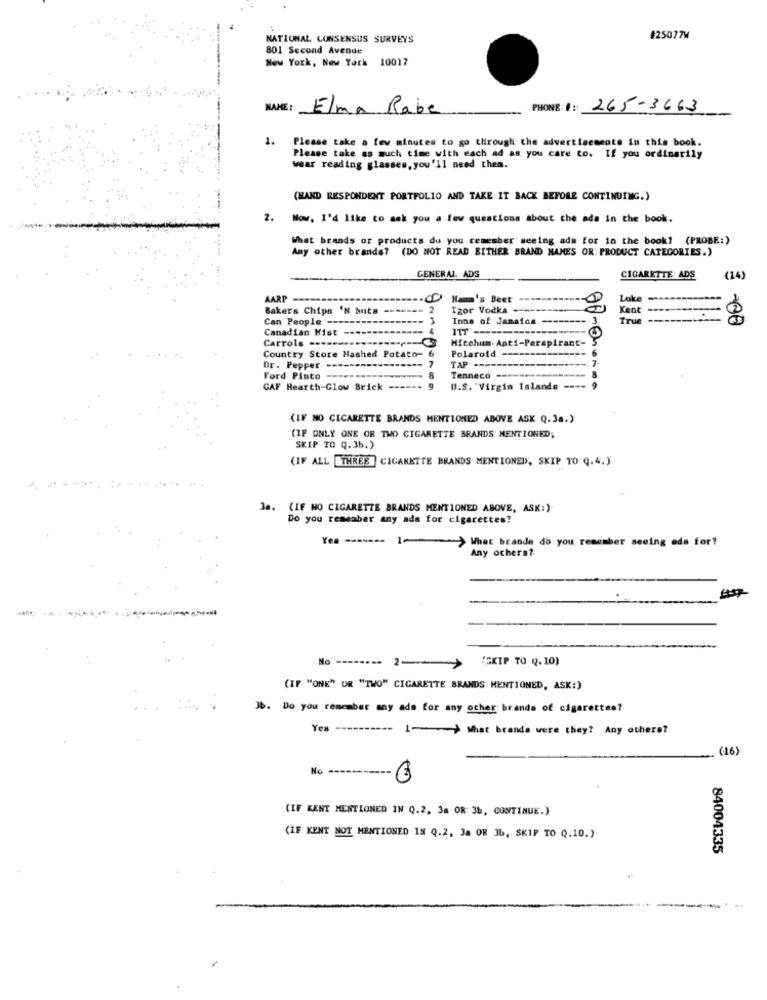
NATIONAL CONSENSUS SURVEYS
#25077W
801 Second Avenue
New York, New York 10017
NAME: Elma Rabe
PHONE: #: 265-3663
1.
Please take a few minutes to go through the advertisements in this book.
Please take as much time with each ad as you care to. If you ordinarily
wear reading glasses, you'll need thea.
(MAND RESPONDENT PORTFOLIO AND TAKE IT BACK BEFORE CONTINUING.)
2.
Now, I'd like to sok you a few questions about the ads in the book.
What brands or products du you remember seeing ads for in the book? (PROBE:)
Any other brands? (DO NOT READ EITHER BRAND NAMES OR: PRODUCT CATEGORIES.)
GENERAL. ADS
CIGARETTE ADS
(14)
AARP
Ham's Beet
Loke
Bakers Chips 'N buta
2
Igor Vodka --------
Keat -------------
Can People -
---
3
Inne of Jamaica --------
True
2 .00
Canadian Hist
ITT' -------
Carrols ---
.------- C
Micohum. Anti-Perspirant-
Country Store Hashed Potato- 6
Polaroid ---------------
TAP ---
--------- 7
Dr. Pepper
Ford Pinto
8
Tenneco ---------------- 8
GAF Hearth-Glow Brick
U.S. "Virgin Islands ----
(IF NO CIGARETTE BRANDS MENTIONED ABOVE ASK Q.3a.)
(IF ONLY ONE OR TWO CIGARETTE BRANDS MENTIONED;
SKIP TO Q. 36.)
(IF ALL THREE ] CIGARETTE BRANDS MENTIONED, SKIP TO Q.4.)
3a. (IF NO CIGARETTE BRANDS MENTIONED ABOVE, ASK:)
Do you remember any ads for cigarettes?
1-> What brande do you remember seeing eds for?
Any ochers ?.
---
No --------
2-
(SKIP TO (.10)
(IF "ONE" OR "TWO" CIGARETTE BRANDS MENTIONED, ASK:)
Jb. Do you remember any ade for any other brands of cigarettes?
Yes ----------
1-> What brands were they? Any others?
(16)
-- €
(IF KENT MENTIONED IN Q.2, 38 OR: 36, CONTINUE.)
(IF KENT NOT MENTIONED IN Q.2, Ja OR IL, SKIP TO Q.10.)
84004335